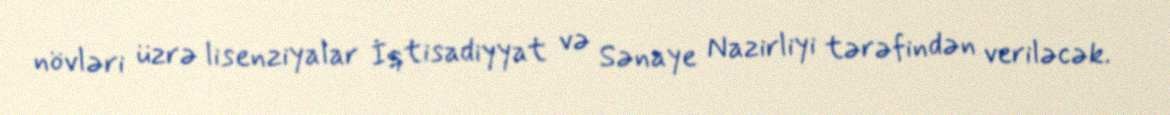
növləri üzrə lisenziyalar İqtisadiyyat və Sənaye Nazirliyi tərəfindən veriləcək.